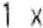
1 X